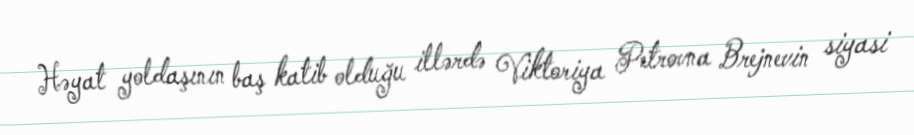
Həyat yoldaşının baş katib olduğu illərdə Viktoriya Petrovna Brejnevin siyasi